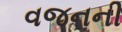
વજનની